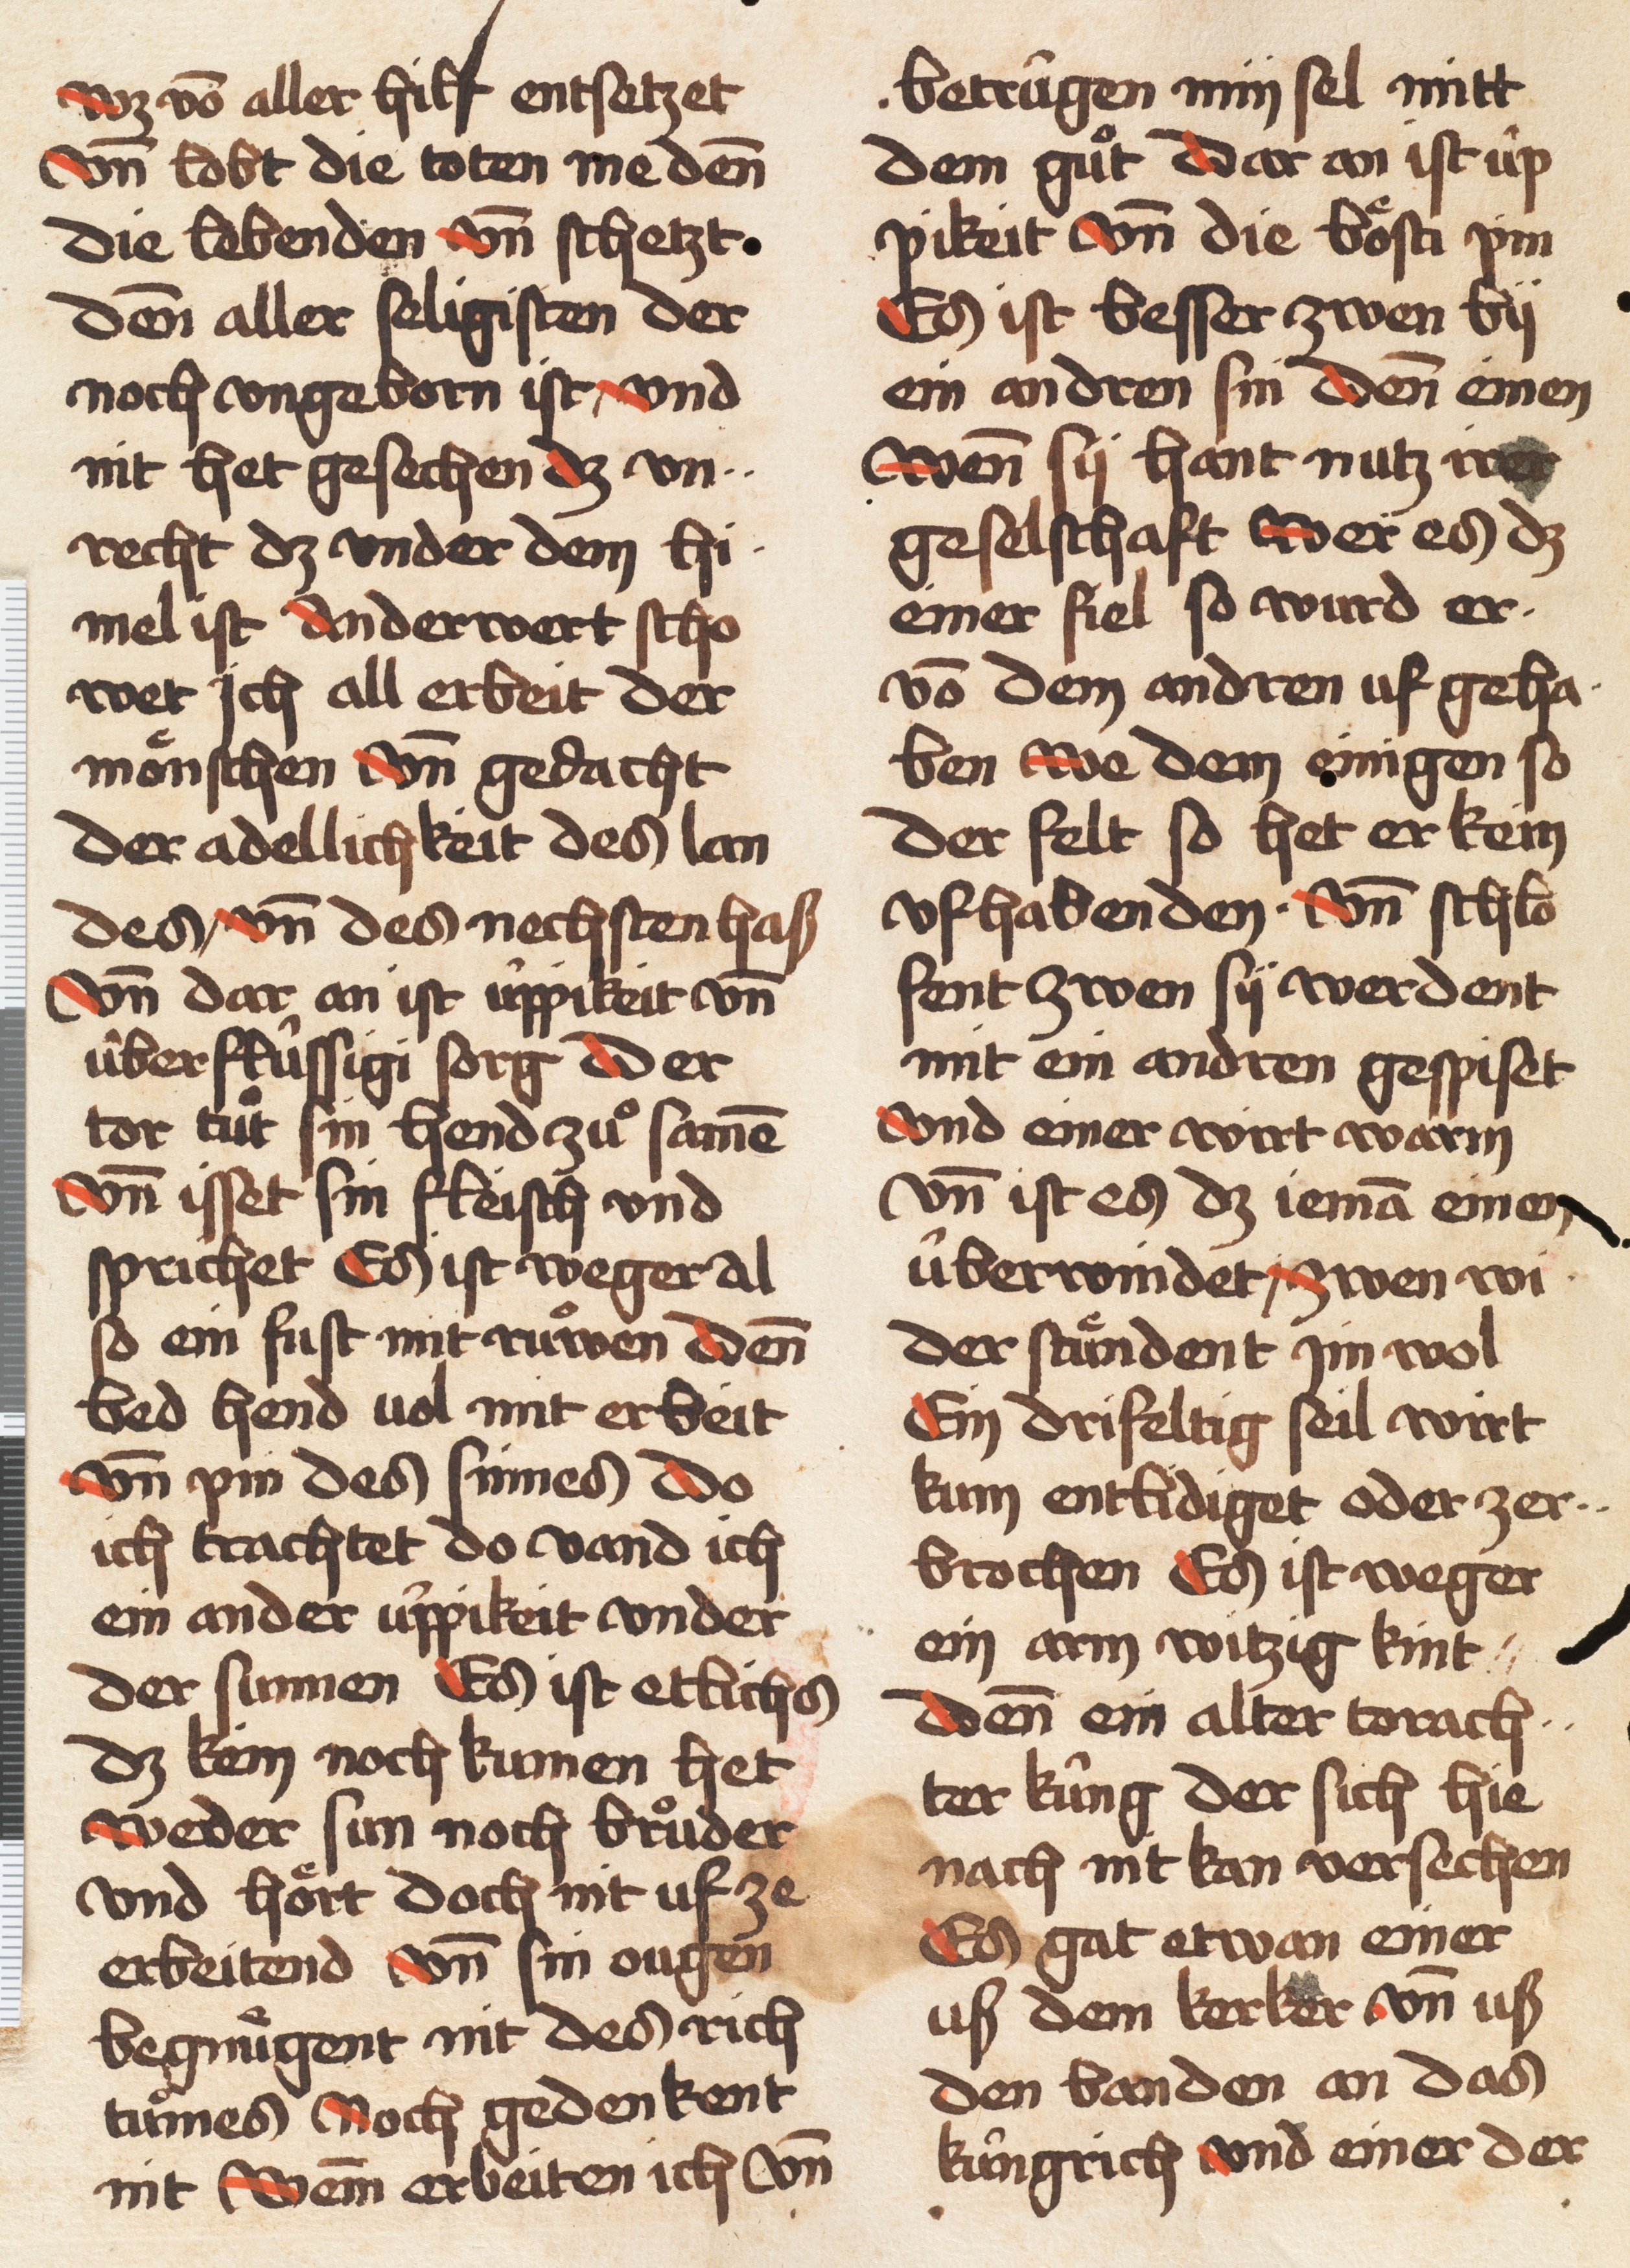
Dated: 1457–1457